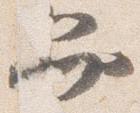
弁